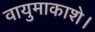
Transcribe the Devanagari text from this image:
वायुमाकाशे।